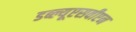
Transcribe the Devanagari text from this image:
डब्ल्यूएसवीएन